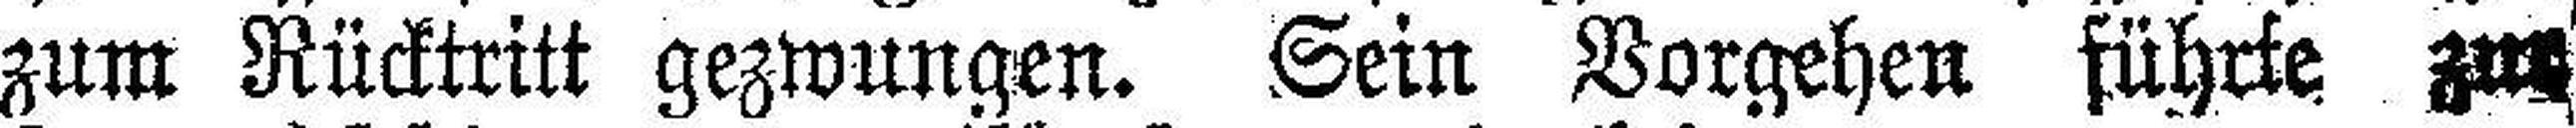
zum Rücktritt gezwungen. Sein Vorgehen führte zur